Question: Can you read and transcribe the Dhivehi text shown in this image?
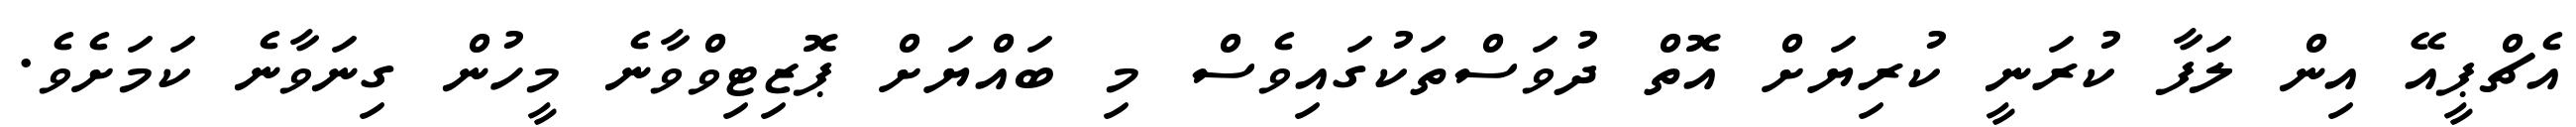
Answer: އެޗްޕީއޭ އިން ލަފާ ކުރަނީ ކުރިޔަށް އޮތް ދުވަސްތަކުގައިވެސް މި ބައްޔަށް ޕޮޒިޓިވްވާނެ މީހުން ގިނަވާނެ ކަމަށެވެ.